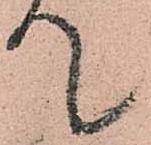
て